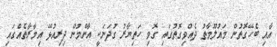
އާއި ބެހޭގޮތުން މައުލޫމާތު ދެއްވިގޮތުގައި ގޮވި ހަތިޔާރު ގުދަނަކީ އާންމުން ދިރިއުޅޭ އިމާރާތެއްގައި